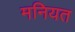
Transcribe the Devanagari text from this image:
मनियत